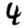
Digit: 4